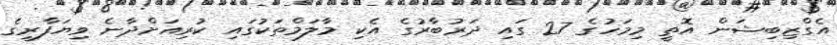
އެގްޒިބިޝަން އޮތީ މިމަހުގެ 27 ގައި ދަރުބާރުގެ އެކި މާލަމްތަކުގައި ކުރިއަށްދާނެ ވިޔަފާރީގެ